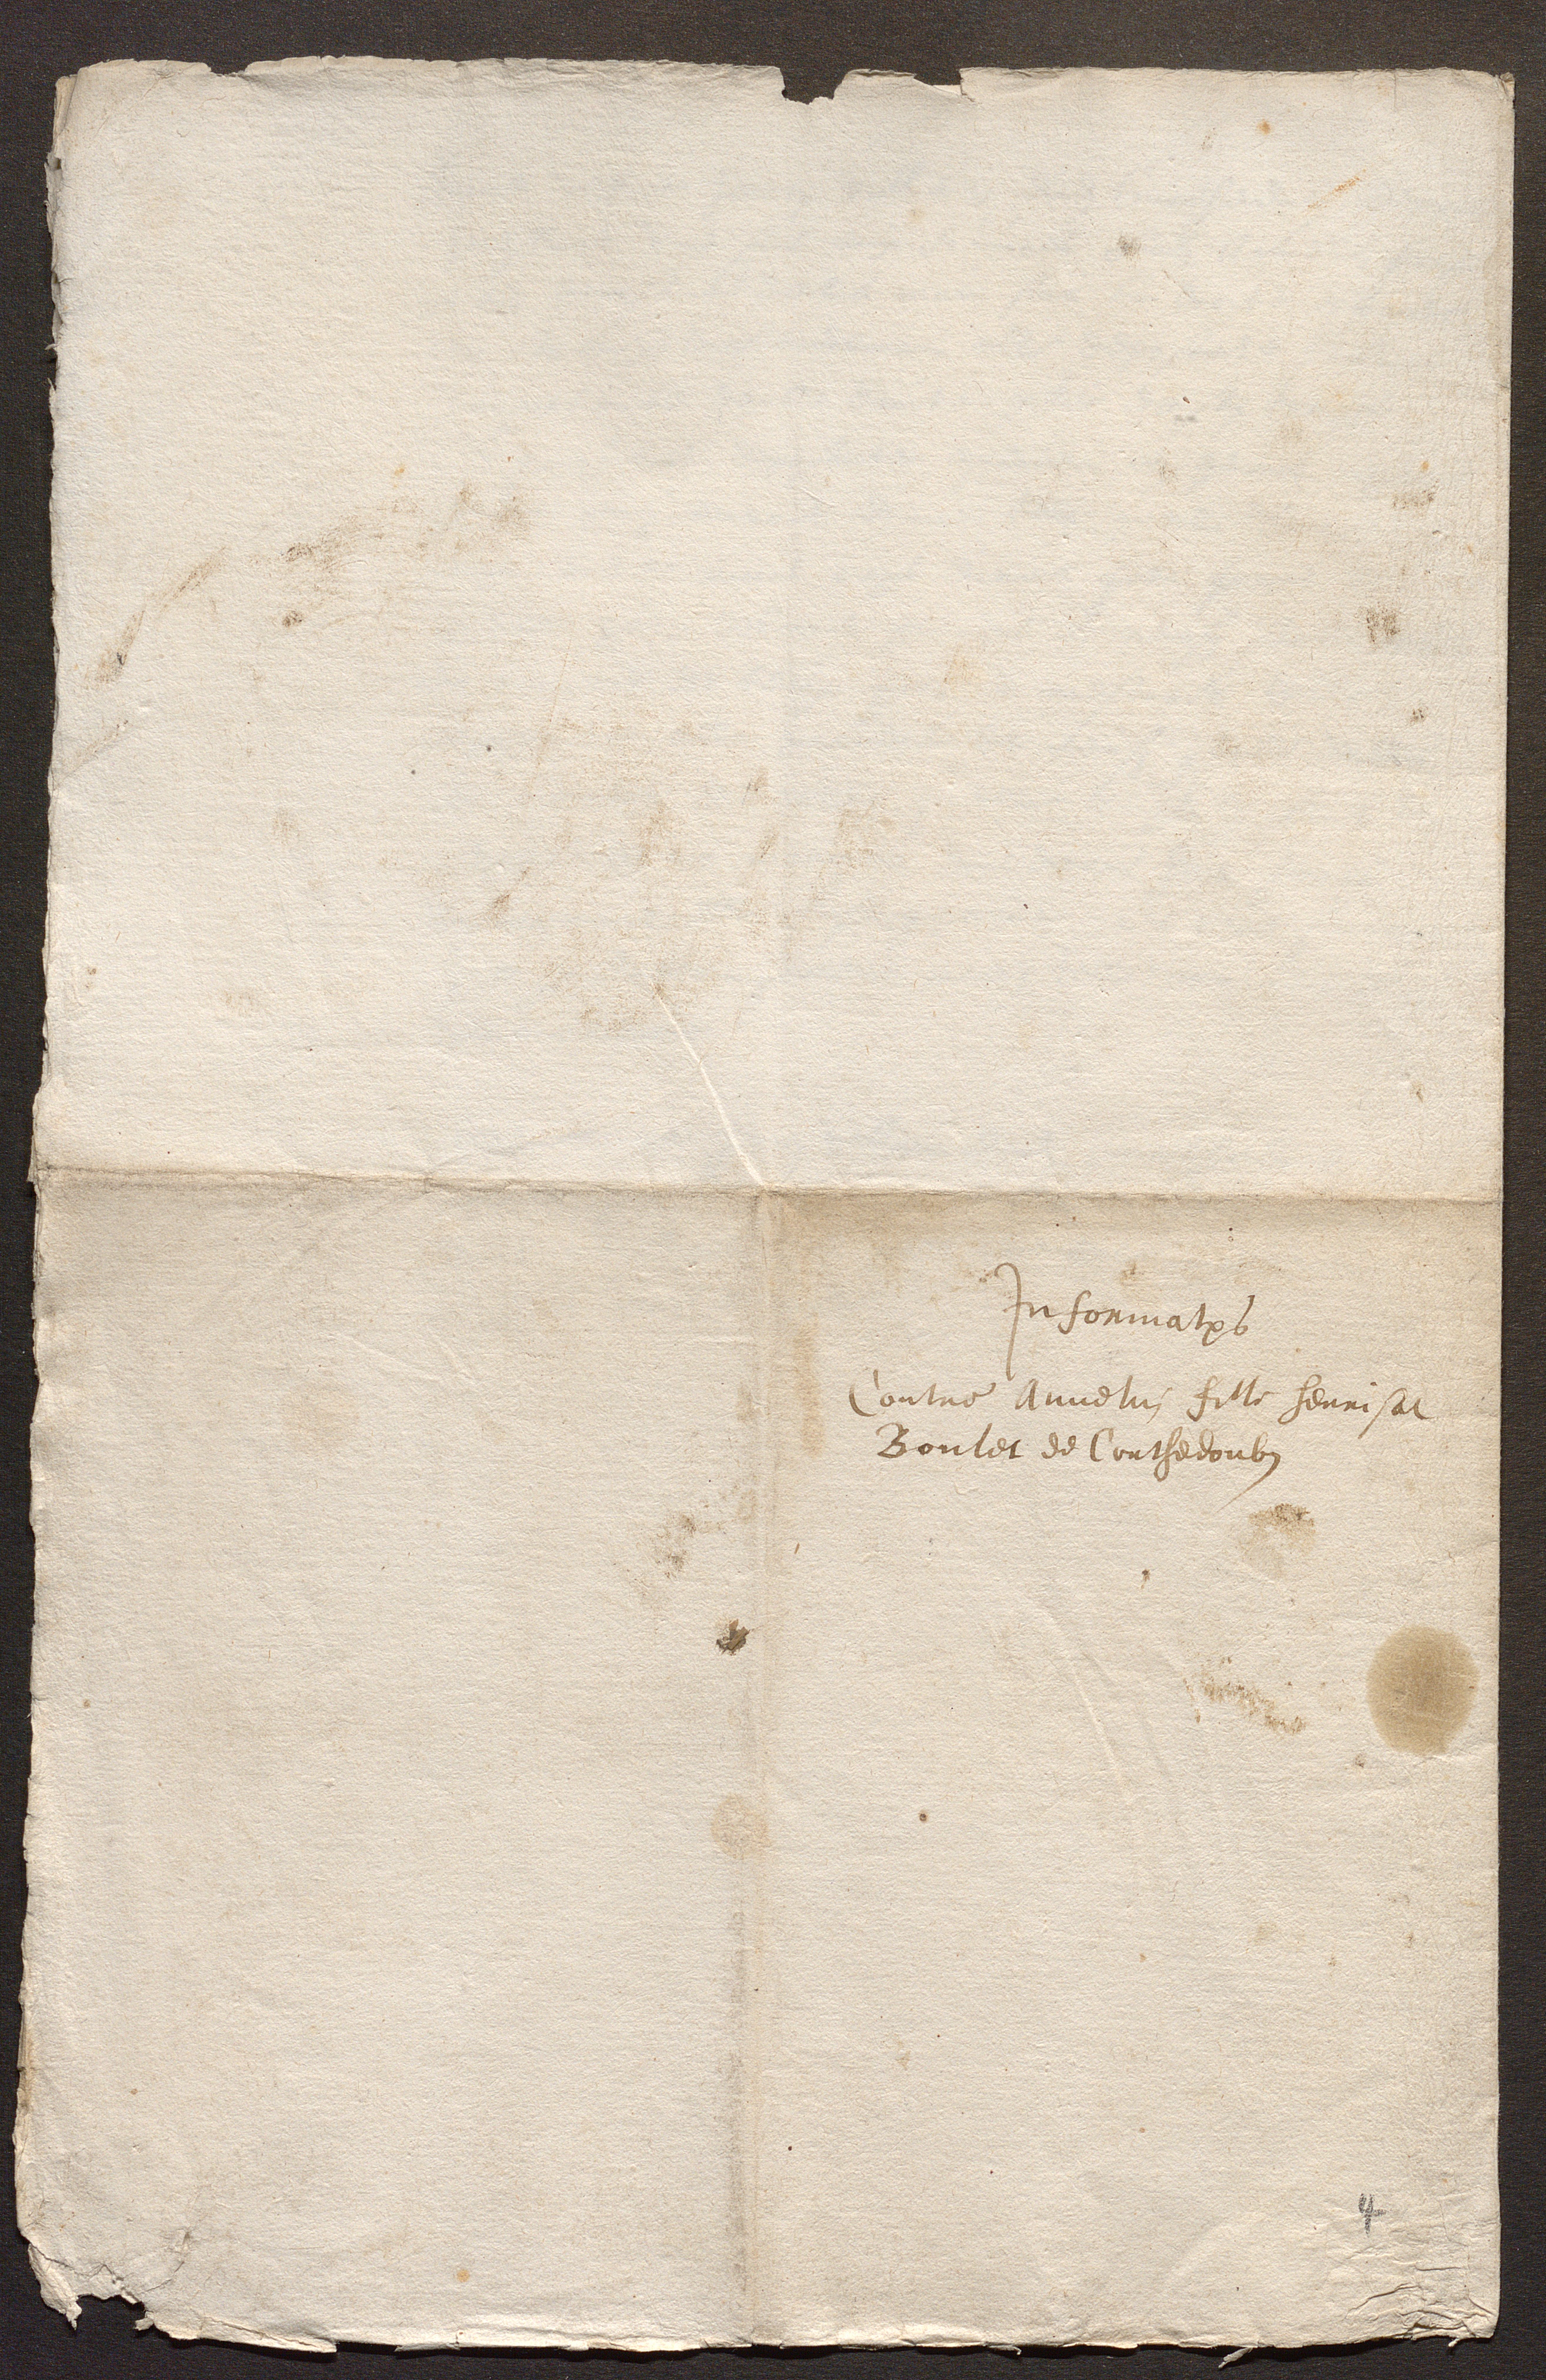
Informations
Contre Annelin fille henrisat
Boulet de Courthedoubs